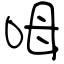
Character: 呣